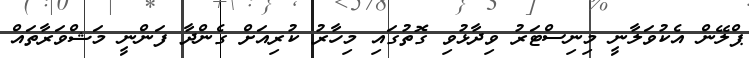
ޕްލޭން އެކުވަލާނީ މިނިސްޓަރު ވިދާޅުވި ގޮތުގައި މިހާރު ކުރިއަށް ގެންދާ ފަންނީ މަޝްވަރާތައް